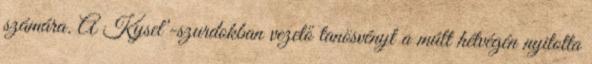
számára. A Kyseľ-szurdokban vezető tanösvényt a múlt hétvégén nyitotta